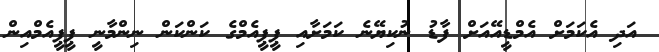
އަދި އެކަމަށް އެމްޑީއޭއަށް ފާޑު ނުކިޔޭނެ ކަމަށާއި ޕީޕީއެމްގެ ކަންކަން ނިންމާނީ ޕީޕީއެމްއިން